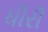
ધીરી